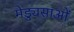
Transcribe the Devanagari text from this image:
मेड्युसाओं